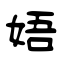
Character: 娪